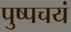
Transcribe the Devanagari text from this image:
पुष्पचयं